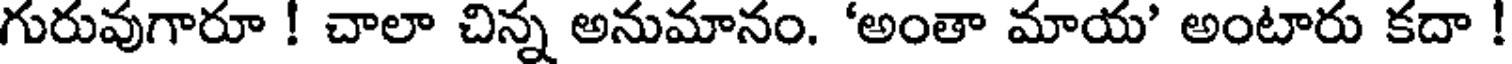
గురువుగారూ ! చాలా చిన్న అనుమానం. 'అంతా మాయ' అంటారు కదా !